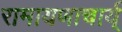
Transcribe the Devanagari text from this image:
रामायणाचार्य्